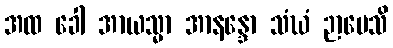
အထ ခေါ အာယသ္မာ အာနန္ဒော သံဃံ ဉာပေသိ